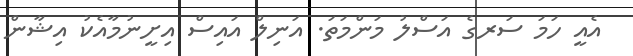
އެއީ ހަމަ ސަރގެ އަސްލު މަންމަތަ. އަނިލް އައިސް އިށީނުމާއެކު އިޝާން